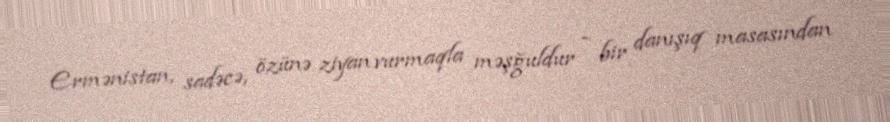
Ermənistan, sadəcə, özünə ziyan vurmaqla məşğuldur - bir danışıq masasından